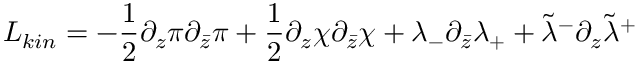
{ \cal L } _ { k i n } = - { \frac { 1 } { 2 } } \partial _ { z } \pi \partial _ { \bar { z } } \pi + { \frac { 1 } { 2 } } \partial _ { z } \chi \partial _ { \bar { z } } \chi + \lambda _ { - } \partial _ { \bar { z } } \lambda _ { + } + \tilde { \lambda } ^ { - } \partial _ { z } \tilde { \lambda } ^ { + }